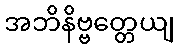
အဘိနိဗ္ဗတ္တေယျ